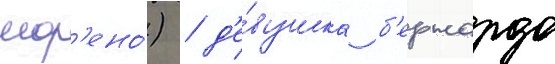
мор'ено́) / д'е́вушка б'ернардо